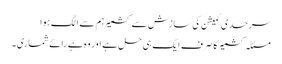
سرحدی کمیشن کی سازش سے کشمیر ہم سے الگ ہوا
مسئلہ کشمیر کا صرف ایک ہی حل ہے اور وہ ہے رائے شماری۔